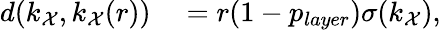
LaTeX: \begin{array}{rl}{d(k_{\mathcal{X}},k_{\mathcal{X}}(r))}&{{}=r(1-p_{layer})\sigma(k_{\mathcal{X}}),}\end{array}